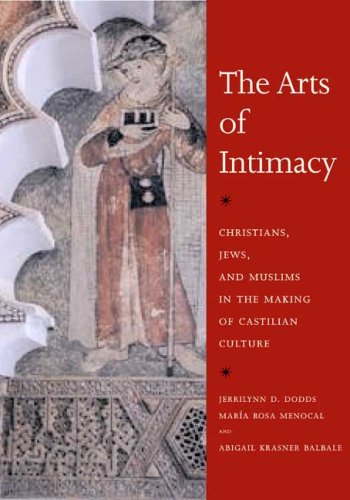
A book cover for The Arts of Intimacy: Christians, Jews, and Muslims in the Making of Castilian Culture; Jerrilynn D. Dodds; Religion & Spirituality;